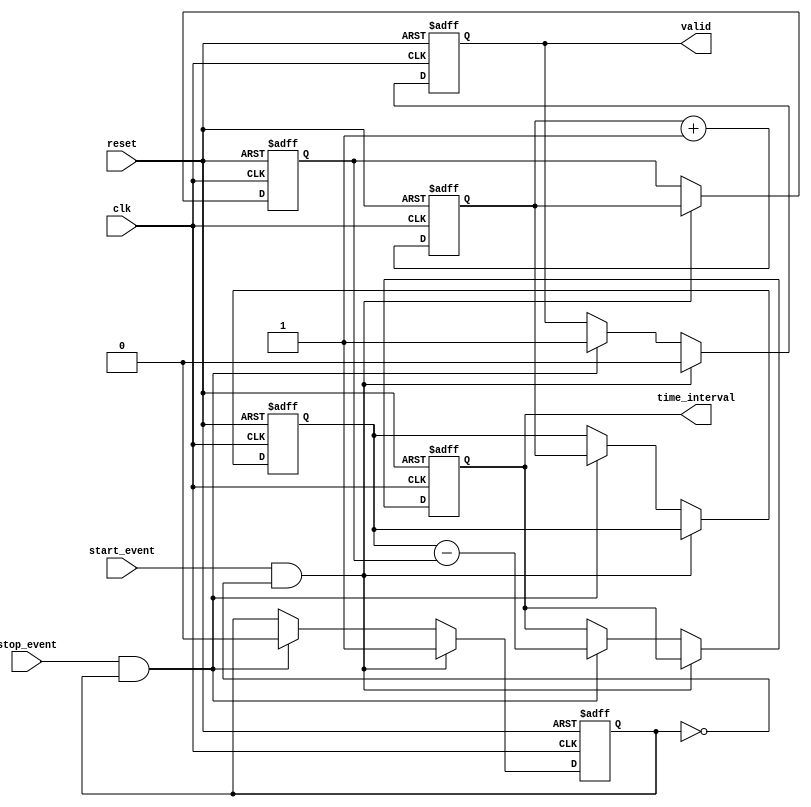
module TDC (
    input wire clk,            // High-frequency clock
    input wire reset,          // Asynchronous reset
    input wire start_event,    // Start event signal
    input wire stop_event,     // Stop event signal
    output reg [31:0] time_interval, // Output time interval
    output reg valid           // Output valid signal
);

    reg [31:0] counter;        // Counter to keep track of clock cycles
    reg [31:0] start_time;     // Timestamp for start event
    reg [31:0] stop_time;      // Timestamp for stop event
    reg capturing;             // State to indicate if capturing is in progress

    // Counter logic
    always @(posedge clk or posedge reset) begin
        if (reset) begin
            counter <= 32'b0;
        end else begin
            counter <= counter + 1; // Increment counter on each clock edge
        end
    end

    // Event detection and timestamp storage
    always @(posedge clk or posedge reset) begin
        if (reset) begin
            start_time <= 32'b0;
            stop_time <= 32'b0;
            capturing <= 1'b0;
            valid <= 1'b0;
            time_interval <= 32'b0;
        end else begin
            if (start_event && !capturing) begin
                start_time <= counter; // Capture start time
                capturing <= 1'b1;      // Set capturing state
                valid <= 1'b0;          // Reset valid signal
            end else if (stop_event && capturing) begin
                stop_time <= counter;  // Capture stop time
                time_interval <= stop_time - start_time; // Calculate time interval
                valid <= 1'b1;         // Set valid signal
                capturing <= 1'b0;     // Reset capturing state
            end
        end
    end

endmodule